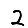
Digit: 2